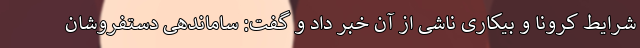
شرایط کرونا و بیکاری ناشی از آن خبر داد و گفت: ساماندهی دستفروشان